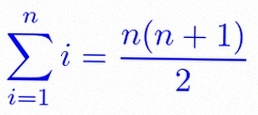
\sum_{i=1}^{n}i=\frac{n(n+1)}2